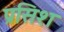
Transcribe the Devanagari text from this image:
प्रसिश